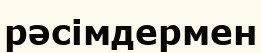
рәсімдермен